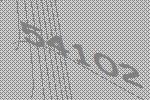
54102